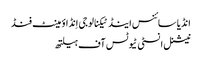
انڈیا سائنس اینڈ ٹیکنالوجی اِنڈاؤمینٹ فنڈ
نیشنل انسٹی ٹیوٹس آف ہیلتھ